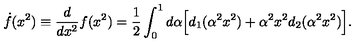
\dot { f } ( x ^ { 2 } ) \equiv \frac { d } { d x ^ { 2 } } f ( x ^ { 2 } ) = \frac { 1 } { 2 } \int _ { 0 } ^ { 1 } d \alpha \Big [ d _ { 1 } ( \alpha ^ { 2 } x ^ { 2 } ) + \alpha ^ { 2 } x ^ { 2 } d _ { 2 } ( \alpha ^ { 2 } x ^ { 2 } ) \Big ] .